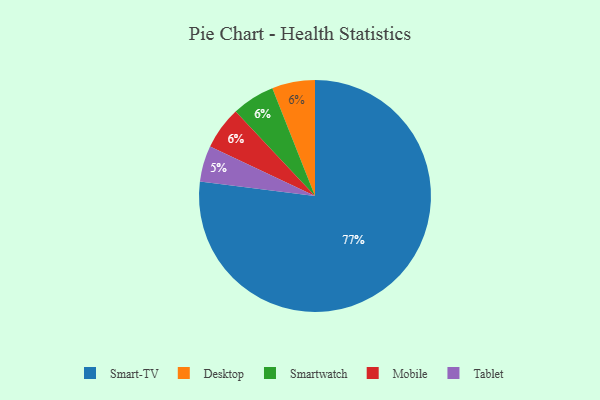
{"axis": {"x": "Category", "y": "Percentage"}, "legend": ["Desktop", "Mobile", "Smart-TV", "Smartwatch", "Tablet"], "data": [{"x": "Desktop", "y": 6, "type": "Desktop"}, {"x": "Smartwatch", "y": 6, "type": "Smartwatch"}, {"x": "Smart-TV", "y": 77, "type": "Smart-TV"}, {"x": "Mobile", "y": 6, "type": "Mobile"}, {"x": "Tablet", "y": 5, "type": "Tablet"}]}